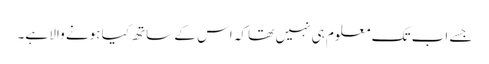
جسے اب تک معلوم ہی نہیں تھا کہ اس کے ساتھ کیا ہونے والا ہے۔